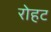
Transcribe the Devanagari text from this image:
रोहट